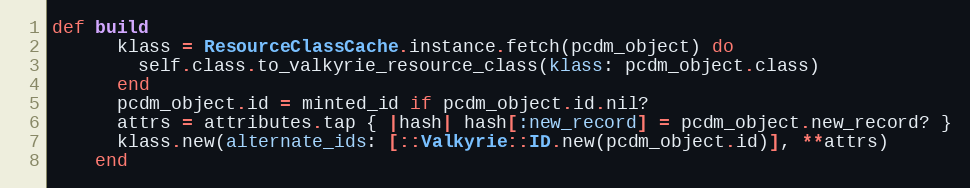
Language: Ruby
def build
      klass = ResourceClassCache.instance.fetch(pcdm_object) do
        self.class.to_valkyrie_resource_class(klass: pcdm_object.class)
      end
      pcdm_object.id = minted_id if pcdm_object.id.nil?
      attrs = attributes.tap { |hash| hash[:new_record] = pcdm_object.new_record? }
      klass.new(alternate_ids: [::Valkyrie::ID.new(pcdm_object.id)], **attrs)
    end